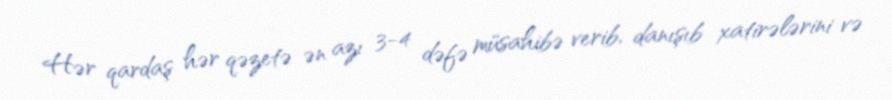
Hər qardaş hər qəzetə ən azı 3-4 dəfə müsahibə verib, danışıb xatirələrini və